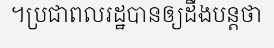
។ប្រជាពលរដ្ឋបានឲ្យដឹងបន្តថា